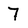
Character: 7